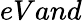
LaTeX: eVand